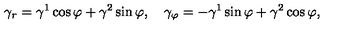
\gamma _ { r } = \gamma ^ { 1 } \cos \varphi + \gamma ^ { 2 } \sin \varphi , \quad \gamma _ { \varphi } = - \gamma ^ { 1 } \sin \varphi + \gamma ^ { 2 } \cos \varphi ,